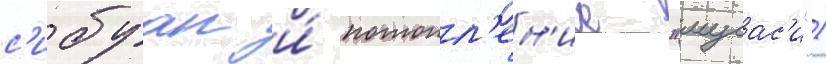
с'ибуан и́ потопл'ен'ие "мусас'и")